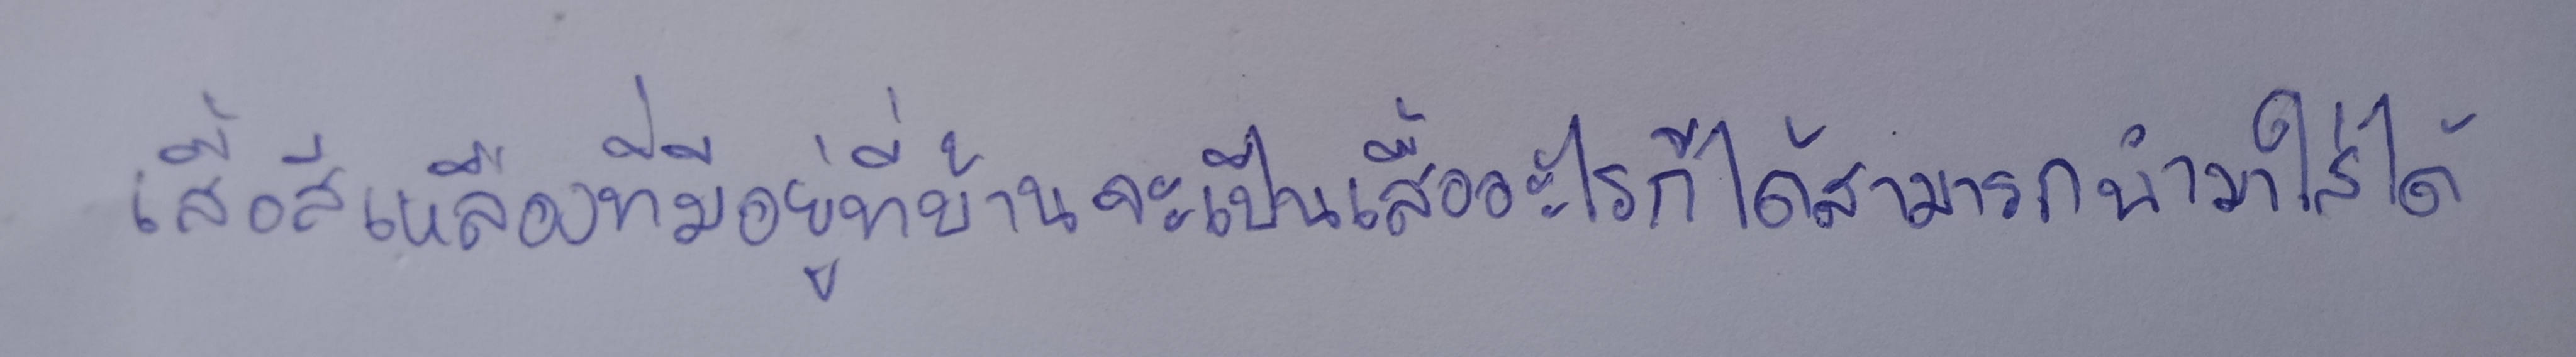
เสื้อสีเหลืองที่มีอยู่ที่บ้านจะเป็นเสื้ออะไรก็ได้ก็สามารถนำมาใส่ได้